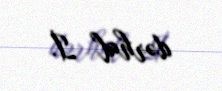
dərhal İ.